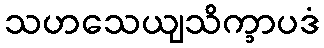
သဟသေယျသိက္ခာပဒံ